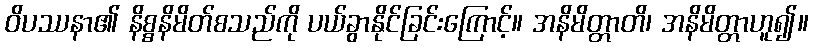
ဝိပဿနာ၏ နိစ္စနိမိတ်စသည်ကို ပယ်ခွာနိုင်ခြင်းကြောင့်။ အနိမိတ္တာတိ၊ အနိမိတ္တာဟူ၍။